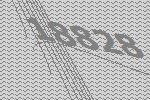
18828